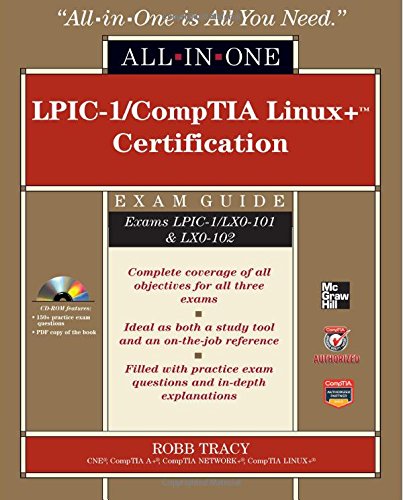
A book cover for LPIC-1/CompTIA Linux+ Certification All-in-One Exam Guide (Exams LPIC-1/LX0-101 & LX0-102); Robb Tracy; Computers & Technology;